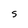
Character: S